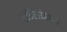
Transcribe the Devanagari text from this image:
हॉटेलांमधून